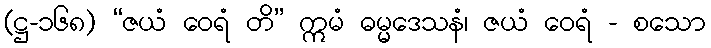
(ဋ္ဌ-၁၆၈) “ဇယံ ဝေရံ တိ” ဣမံ ဓမ္မဒေသနံ၊ ဇယံ ဝေရံ - စသော